Leningradi_Edasi_toimetus, lk 12
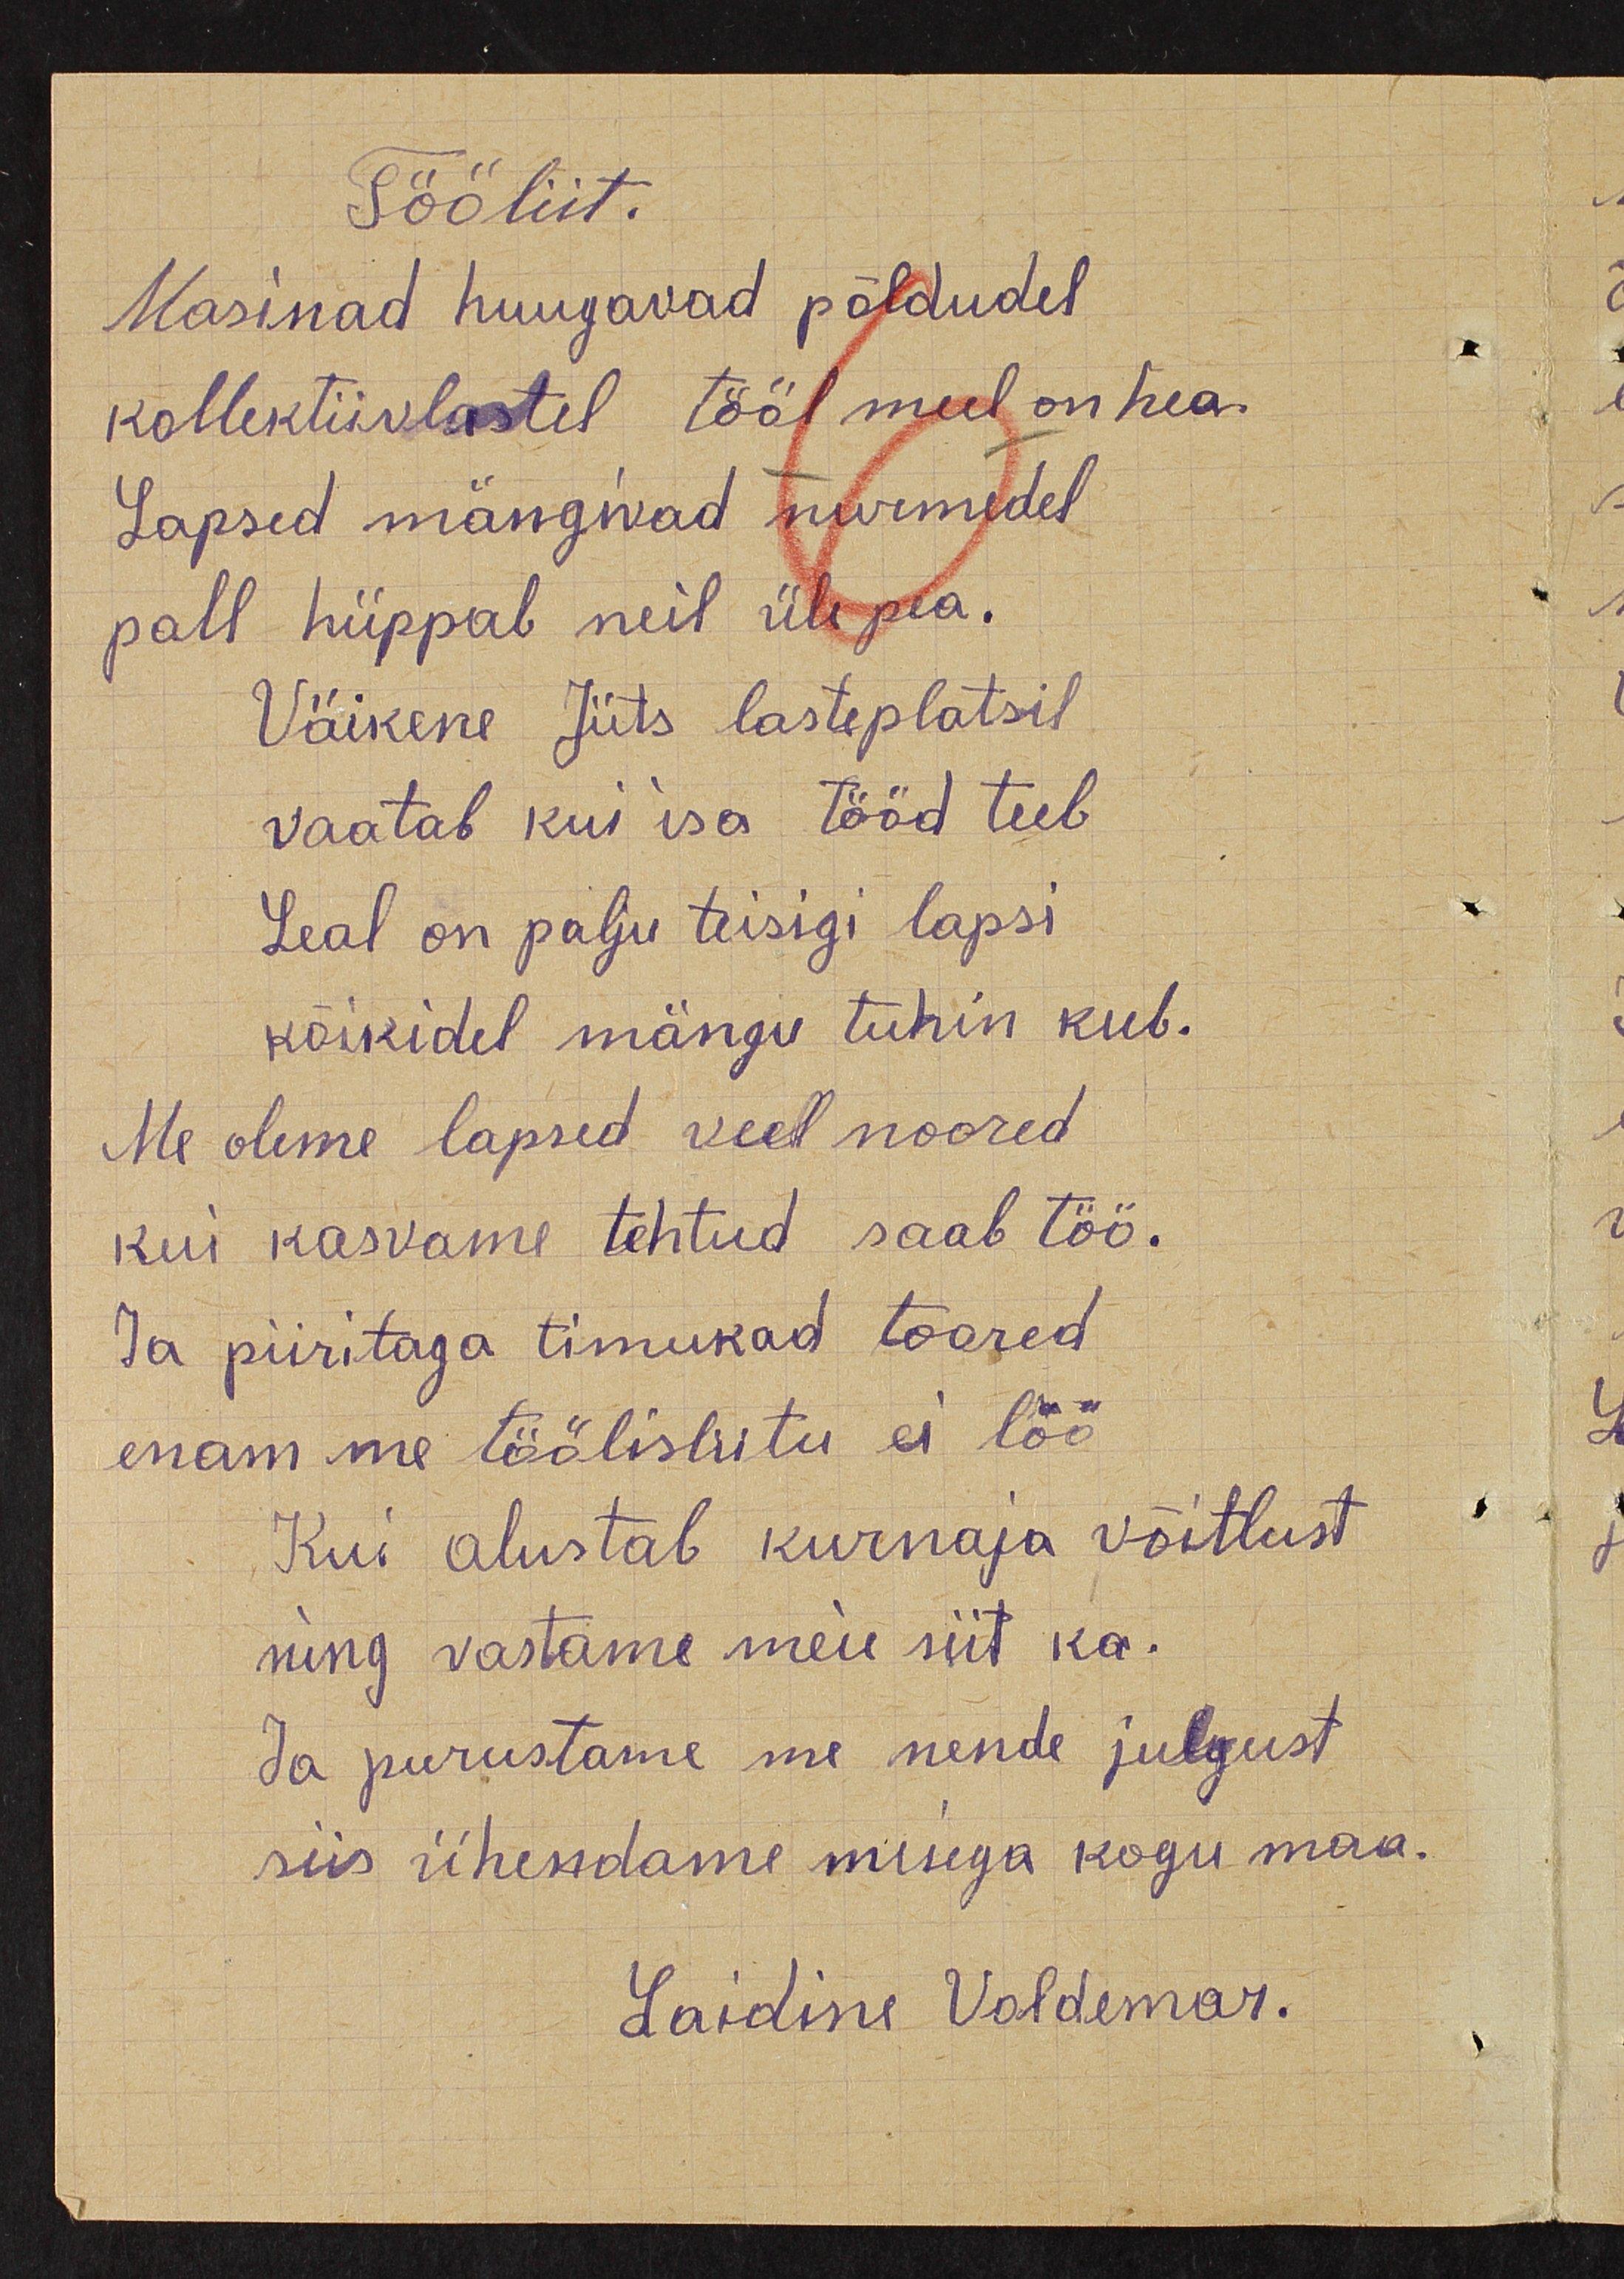
Tööliit.
Masinad huugavad põldudel
kollektiivlastel tööl meel on hea
Lapsed mängivad nurmedel
pall hüppab neil üle pea.
Väike Jüts lasteplatsil
vaatab kui isa tööd teeb
Seal on palju teisigi lapsi 
kõikidel mängu tuhin keeb.
Me oleme lapsed veel noored
kui kasvame tehtud saab töö.
Ja piiritaga timukad toored
enam me töölisliitu ei löö
Kui alustab kurnaja võitlust
ning vastame meie siit ka.
Ja purustame me nende julgust
siis ühendame meiega kogu maa.
Laidine Voldemar.